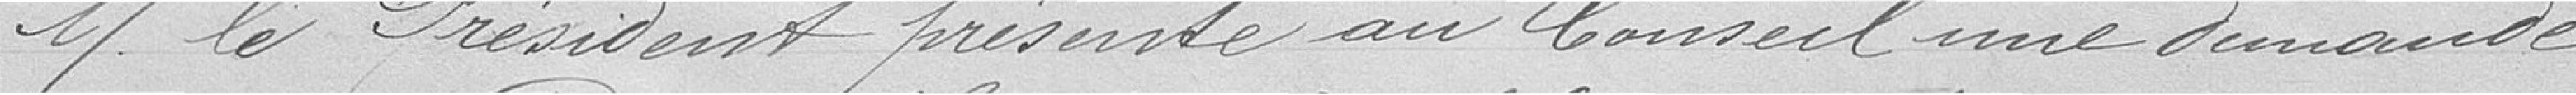
Monsieur le Président présente au Conseil une dmeande